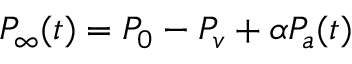
P _ { \infty } ( t ) = P _ { 0 } - P _ { v } + \alpha P _ { a } ( t )